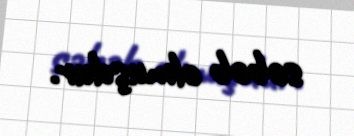
səbəb olmuşdur.